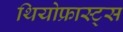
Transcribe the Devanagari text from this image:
थियोफ्रास्ट्स